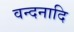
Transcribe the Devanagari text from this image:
वन्दनादि